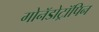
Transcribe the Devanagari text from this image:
गोनॅडोट्रॉपिन